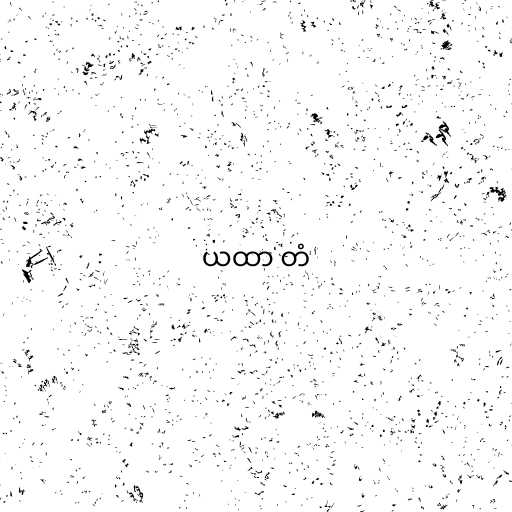
ယထာ တံ